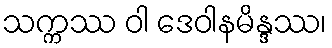
သက္ကဿ ဝါ ဒေဝါနမိန္ဒဿ၊